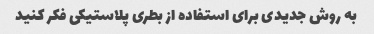
به روش جدیدی برای استفاده از بطری پلاستیکی فکر کنید